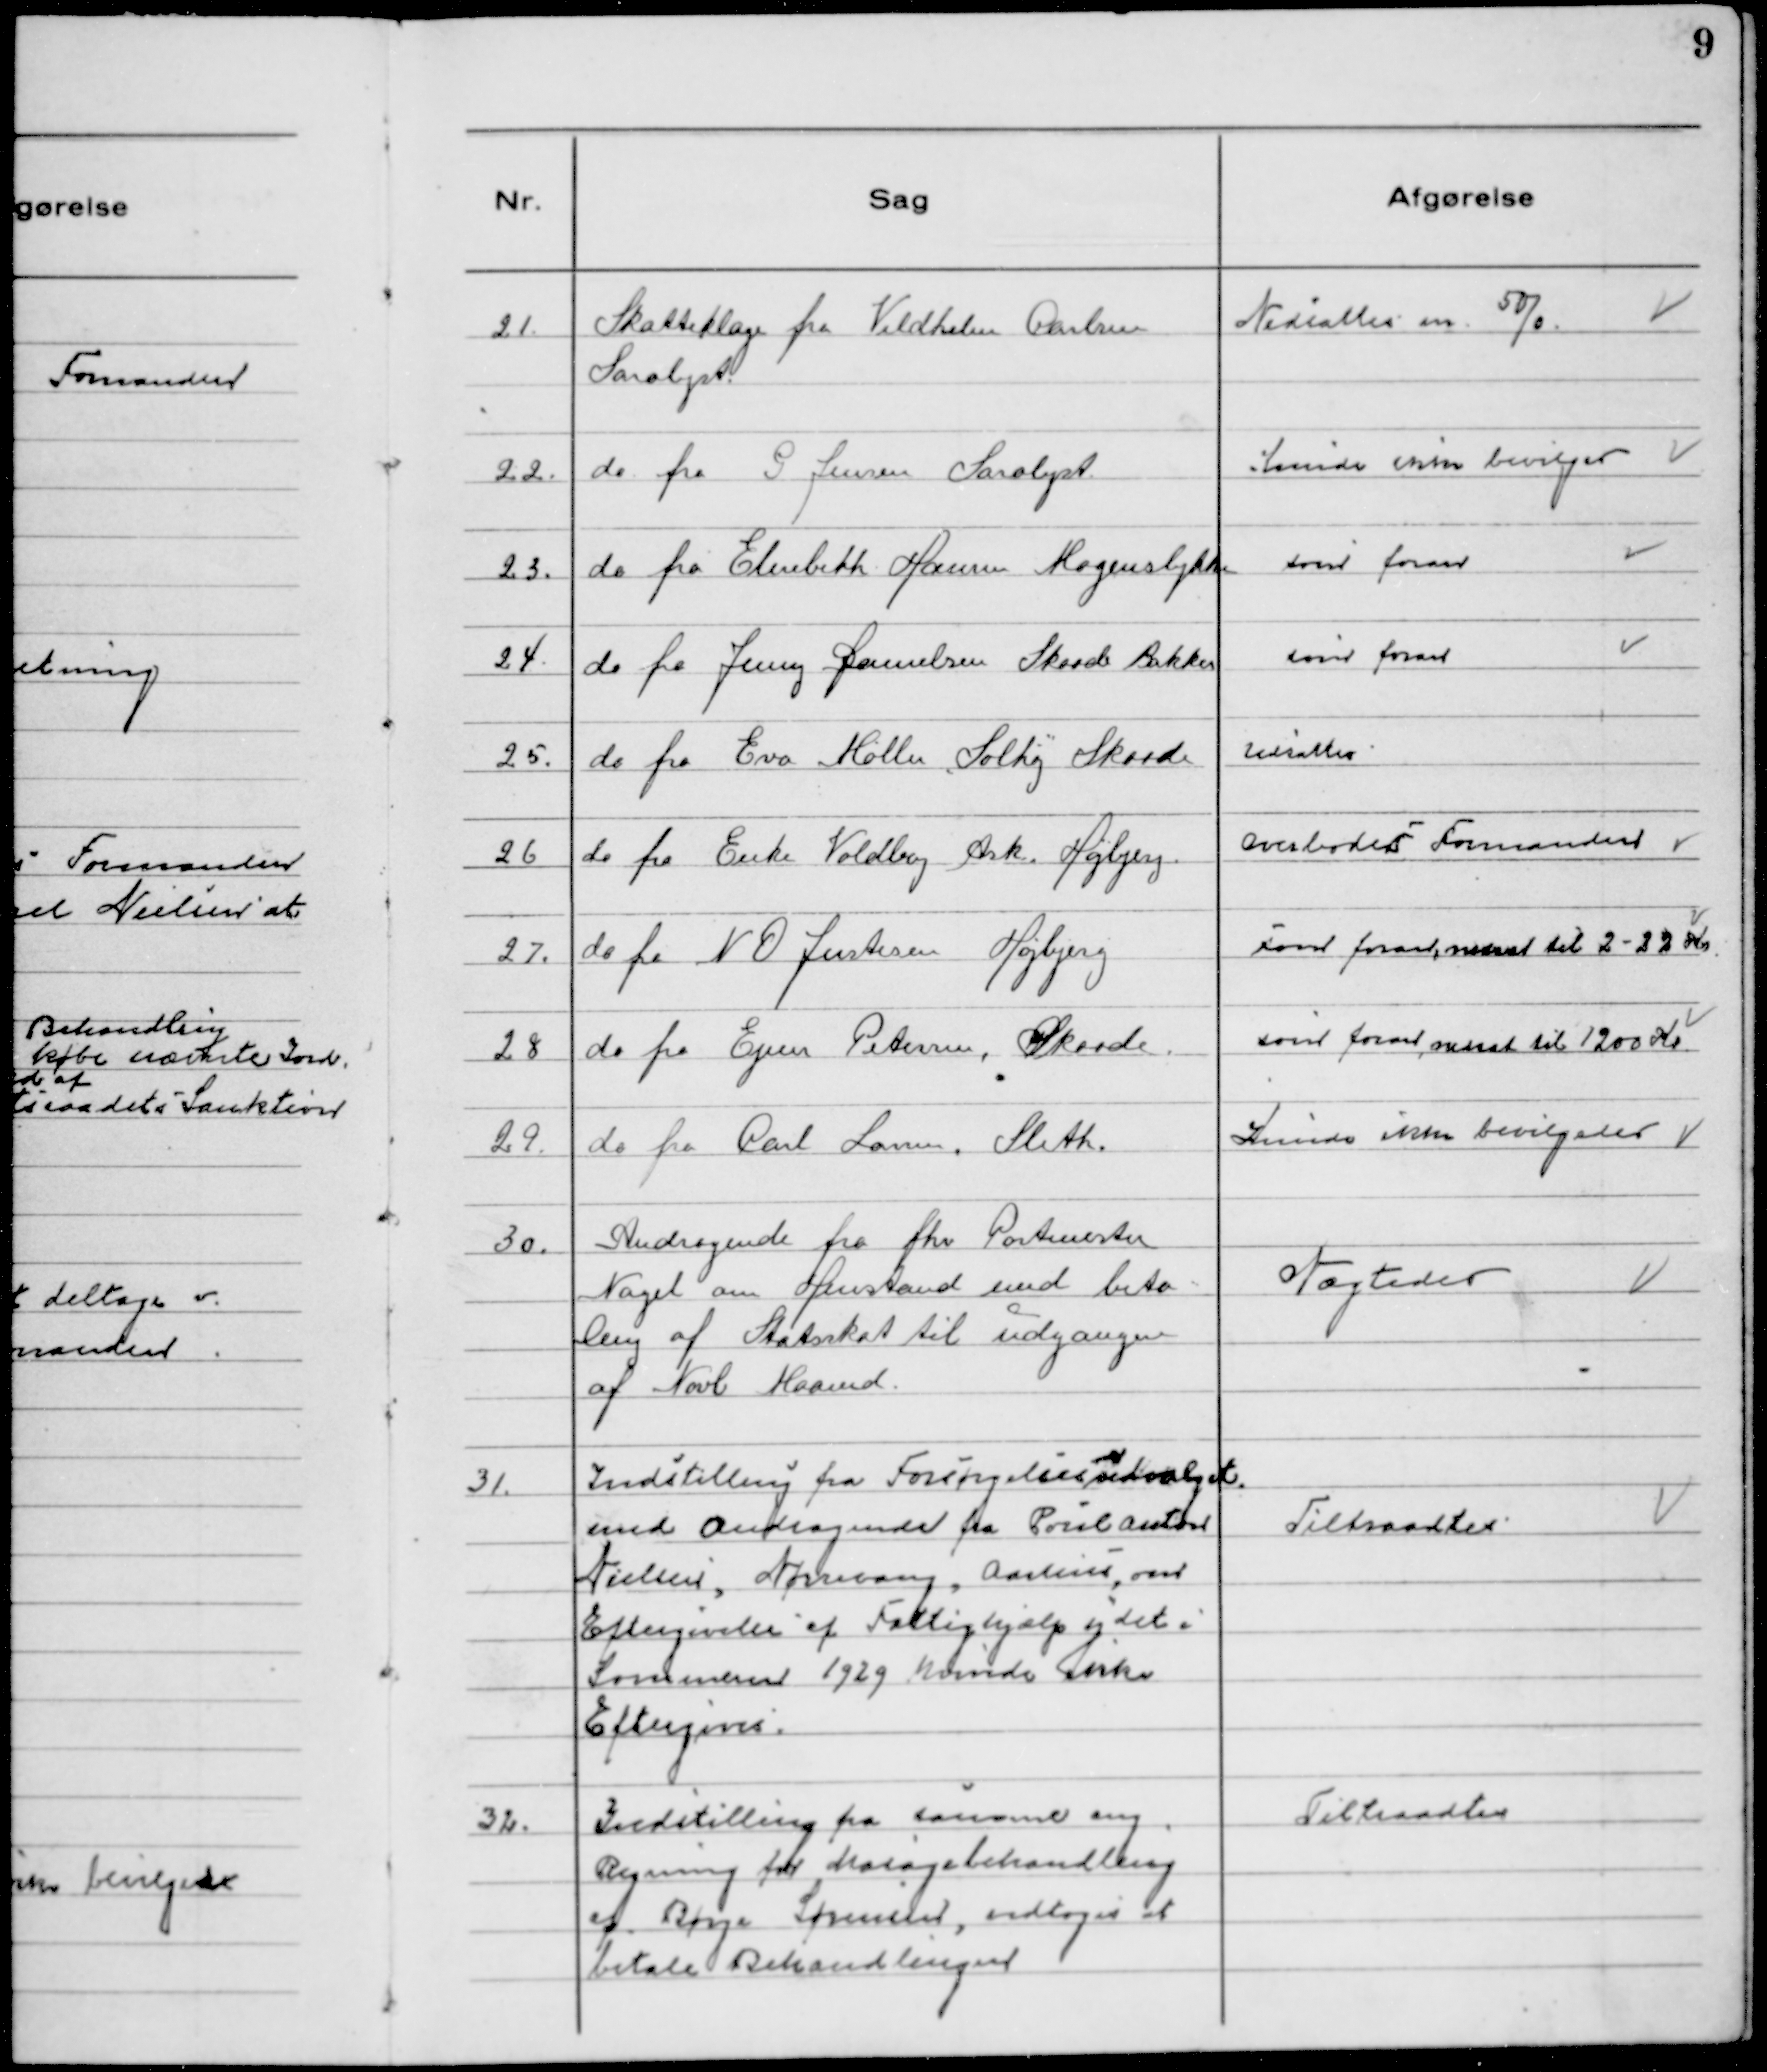
Transskription:
21. Skatteklage fra Vildhelm Carlsen
Saralyst.

Nedsattes m. 50/0.

22. do fra G Jensen Saralyst.

Kunde ikke bevilges

23. do fra Elisabeth Hansen Mogenslykke

som foran

24. do fra Jenny Danielsen Skaade Bakker

som foran

25. do fra Eva Møller, „Solhøj" Skaade

Udsattes

26 do fra Enke Voldboj Ask. Højbjerg.

Overlodes Formanden

27. do fra N O Justesen Højbjerg

som foran, nedsat til 2-22 Kr.

28 do fra Ejner Petersen, Skaade.

som foran, nedsat til 1200 Kr.

29. do fra Carl Larsen, Sleth.

Kunde ikke bevilgedes

30. Andragende fra fhv. Postmester
Nagel om Henstand med beta=
ling af Statsskat til udgangen
af Novb Maaned.

Nægtedes

31. Indstilling fra Forespørgelsesudvalget
med Andragende fra Poul Anton
Nielsens, Nørrevang, Aarhus, om
Eftergivelse af Fattighjælp ydet i
Sommeren 1929 nævnte anke
Eftergives.

Tiltraadtes

32. Indstilling fra samme ang.
Regning for Masagebehandling
af Børge Sørensen, vedtoges at
betale Behandlingen

Tiltraadtes